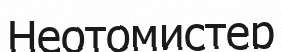
Неотомистер